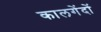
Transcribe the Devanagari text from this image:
कालगेंदों